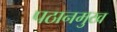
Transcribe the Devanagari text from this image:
पठानमुख